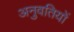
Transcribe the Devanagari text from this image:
अनुवतियों